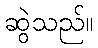
ဆွဲသည်။